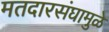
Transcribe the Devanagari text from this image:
मतदारसंघामुळे